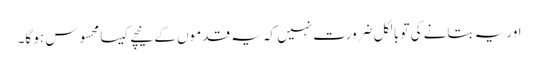
اور یہ بتانے کی تو بالکل ضرورت نہیں کہ یہ قدموں کے نیچے کیسا محسوس ہو گا۔